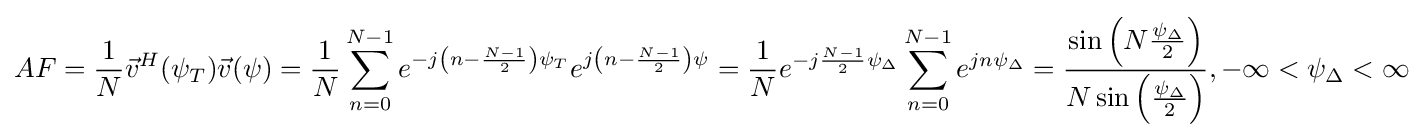
AF={\frac {1}{N}}{\vec {v}}^{H}(\psi _{T}){\vec {v}}(\psi )={\frac {1}{N}}\sum _{n=0}^{N-1}e^{-j\left(n-{\frac {N-1}{2}}\right)\psi _{T}}e^{j\left(n-{\frac {N-1}{2}}\right)\psi }={\frac {1}{N}}e^{-j{\frac {N-1}{2}}\psi _{\Delta }}\sum _{n=0}^{N-1}e^{jn\psi _{\Delta }}={\frac {\sin \left(N{\frac {\psi _{\Delta }}{2}}\right)}{N\sin \left({\frac {\psi _{\Delta }}{2}}\right)}},-\infty <\psi _{\Delta }<\infty